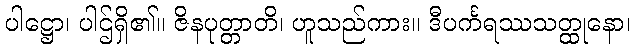
ပါဋ္ဌော၊ ပါဌ်ရှိ၏။ ဇိနပုတ္တာတိ၊ ဟူသည်ကား။ ဒီပင်္ကရဿသတ္ထုနော၊